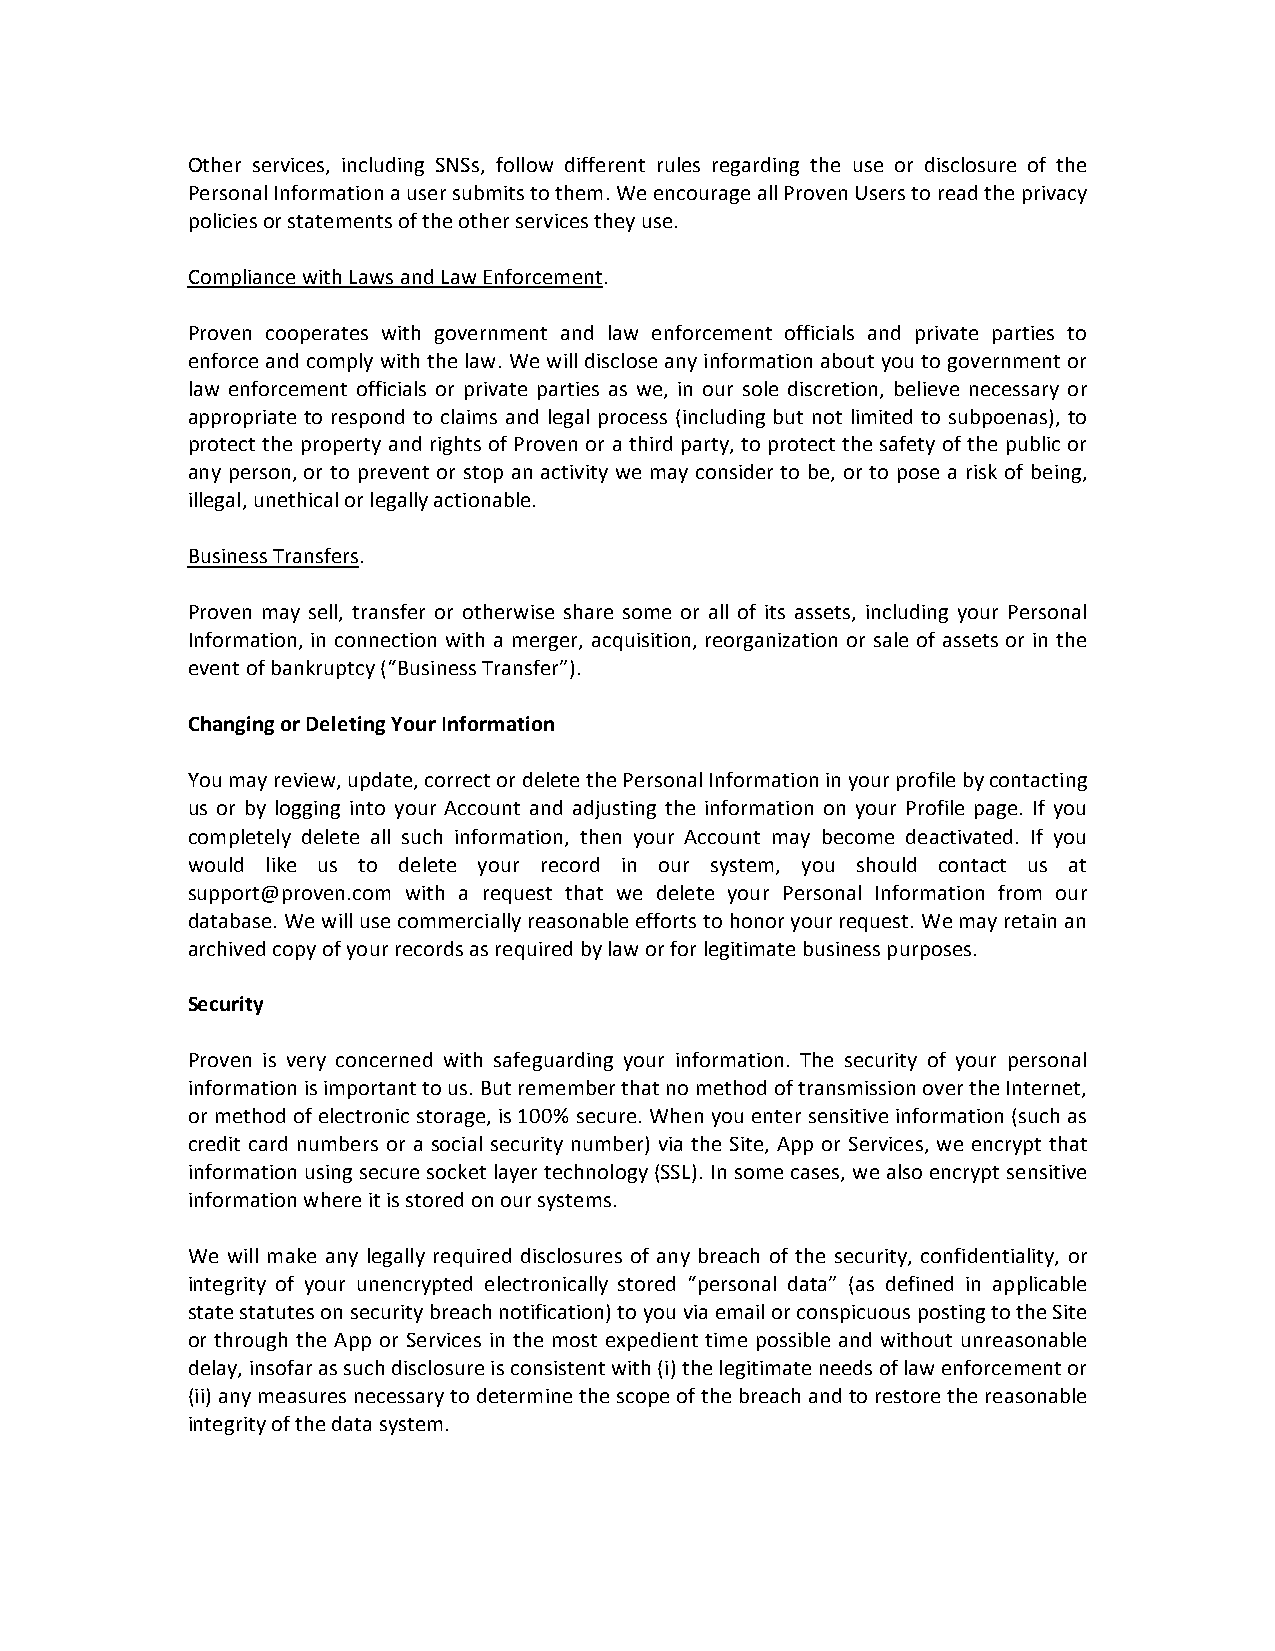
Other services, including SNSs, follow different rules regarding the use or disclosure of the
 Personal Information a user submits to them. We encourage all Proven Users to read the privacy
 policies or statements of the other services they use.
 Compliance with Laws and Law Enforcement.
 Proven cooperates with government and law enforcement officials and private parties to
 enforce and comply with the law. We will disclose any information about you to government or
 law enforcement officials or private parties as we, in our sole discretion, believe necessary or
 appropriate to respond to claims and legal process (including but not limited to subpoenas), to
 protect the property and rights of Proven or a third party, to protect the safety of the public or
 any person, or to prevent or stop an activity we may consider to be, or to pose a risk of being,
 illegal, unethical or legally actionable.
 Business Transfers.
 Proven may sell, transfer or otherwise share some or all of its assets, including your Personal
 Information, in connection with a merger, acquisition, reorganization or sale of assets or in the
 event of bankruptcy (“Business Transfer”).
 Changing or Deleting Your Information
 You may review, update, correct or delete the Personal Information in your profile by contacting
 us or by logging into your Account and adjusting the information on your Profile page. If you
 completely delete all such information, then your Account may become deactivated. If you
 would like us to delete your record in our system, you should contact us at
 support@proven.com with a request that we delete your Personal Information from our
 database. We will use commercially reasonable efforts to honor your request. We may retain an
 archived copy of your records as required by law or for legitimate business purposes.
 Security
 Proven is very concerned with safeguarding your information. The security of your personal
 information is important to us. But remember that no method of transmission over the Internet,
 or method of electronic storage, is 100% secure. When you enter sensitive information (such as
 credit card numbers or a social security number) via the Site, App or Services, we encrypt that
 information using secure socket layer technology (SSL). In some cases, we also encrypt sensitive
 information where it is stored on our systems.
 We will make any legally required disclosures of any breach of the security, confidentiality, or
 integrity of your unencrypted electronically stored “personal data” (as defined in applicable
 state statutes on security breach notification) to you via email or conspicuous posting to the Site
 or through the App or Services in the most expedient time possible and without unreasonable
 delay, insofar as such disclosure is consistent with (i) the legitimate needs of law enforcement or
 (ii) any measures necessary to determine the scope of the breach and to restore the reasonable
 integrity of the data system.